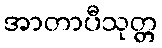
အာတာပီသုတ္တ